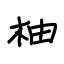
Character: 柚